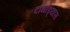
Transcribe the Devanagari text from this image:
दाभाड्यास